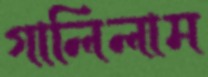
গালিলাম